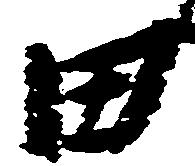
田